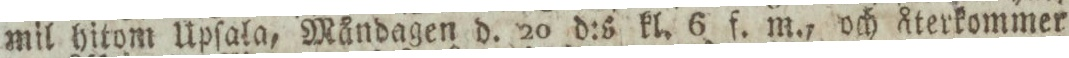
mil hitom Upſala, Måndagen d. 20 d:s kl. 6 f. m., och återkommer